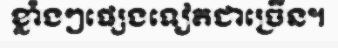
ខ្លាំងៗផ្សេងទៀតជាច្រើន។